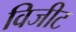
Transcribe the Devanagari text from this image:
विजीट